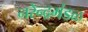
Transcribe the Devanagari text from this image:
नरेन्द्रमंडळ